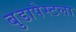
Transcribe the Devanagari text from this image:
बुडापेस्टला